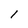
Character: 1